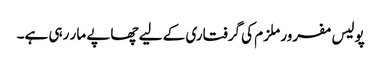
پولیس مفرور ملزم کی گرفتاری کے لیے چھاپے مار رہی ہے۔